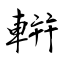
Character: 輧